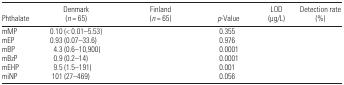
<table><thead><tr><td><b>Phthalate</b></td><td><b>Denmark (<i>n</i> = 65)</b></td><td><b>Finland (<i>n</i> = 65)</b></td><td><b><i>p</i>-Value</b></td><td><b>LOD (μg/L)</b></td><td><b>Detection rate (%)</b></td></tr></thead><tbody><tr><td>mMP</td><td>0.10 (&lt; 0.01–5.53)</td><td>[EMPTY_CELL]</td><td>0.355</td><td>[EMPTY_CELL]</td><td>[EMPTY_CELL]</td></tr><tr><td>mEP</td><td>0.93 (0.07–33.6)</td><td>[EMPTY_CELL]</td><td>0.976</td><td>[EMPTY_CELL]</td><td>[EMPTY_CELL]</td></tr><tr><td>mBP</td><td>4.3 (0.6–10,900)</td><td>[EMPTY_CELL]</td><td>0.0001</td><td>[EMPTY_CELL]</td><td>[EMPTY_CELL]</td></tr><tr><td>mBzP</td><td>0.9 (0.2–14)</td><td>[EMPTY_CELL]</td><td>0.0001</td><td>[EMPTY_CELL]</td><td>[EMPTY_CELL]</td></tr><tr><td>mEHP</td><td>9.5 (1.5–191)</td><td>[EMPTY_CELL]</td><td>0.001</td><td>[EMPTY_CELL]</td><td>[EMPTY_CELL]</td></tr><tr><td>miNP</td><td>101 (27–469)</td><td>[EMPTY_CELL]</td><td>0.056</td><td>[EMPTY_CELL]</td><td>[EMPTY_CELL]</td></tr></tbody></table>